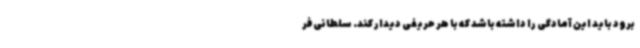
برود باید این آمادگی را داشته باشد که با هر حریفی دیدار کند. سلطانی‌فر